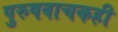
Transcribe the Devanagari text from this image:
पुरुषवाचकही